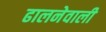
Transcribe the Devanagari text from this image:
ढालनेवाली